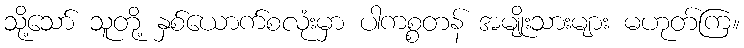
သို့သော် သူတို့ နှစ်ယောက်စလုံးမှာ ပါကစ္စတန် အမျိုးသားများ မဟုတ်ကြ။